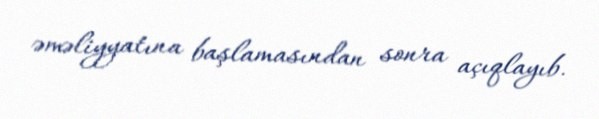
əməliyyatına başlamasından sonra açıqlayıb.